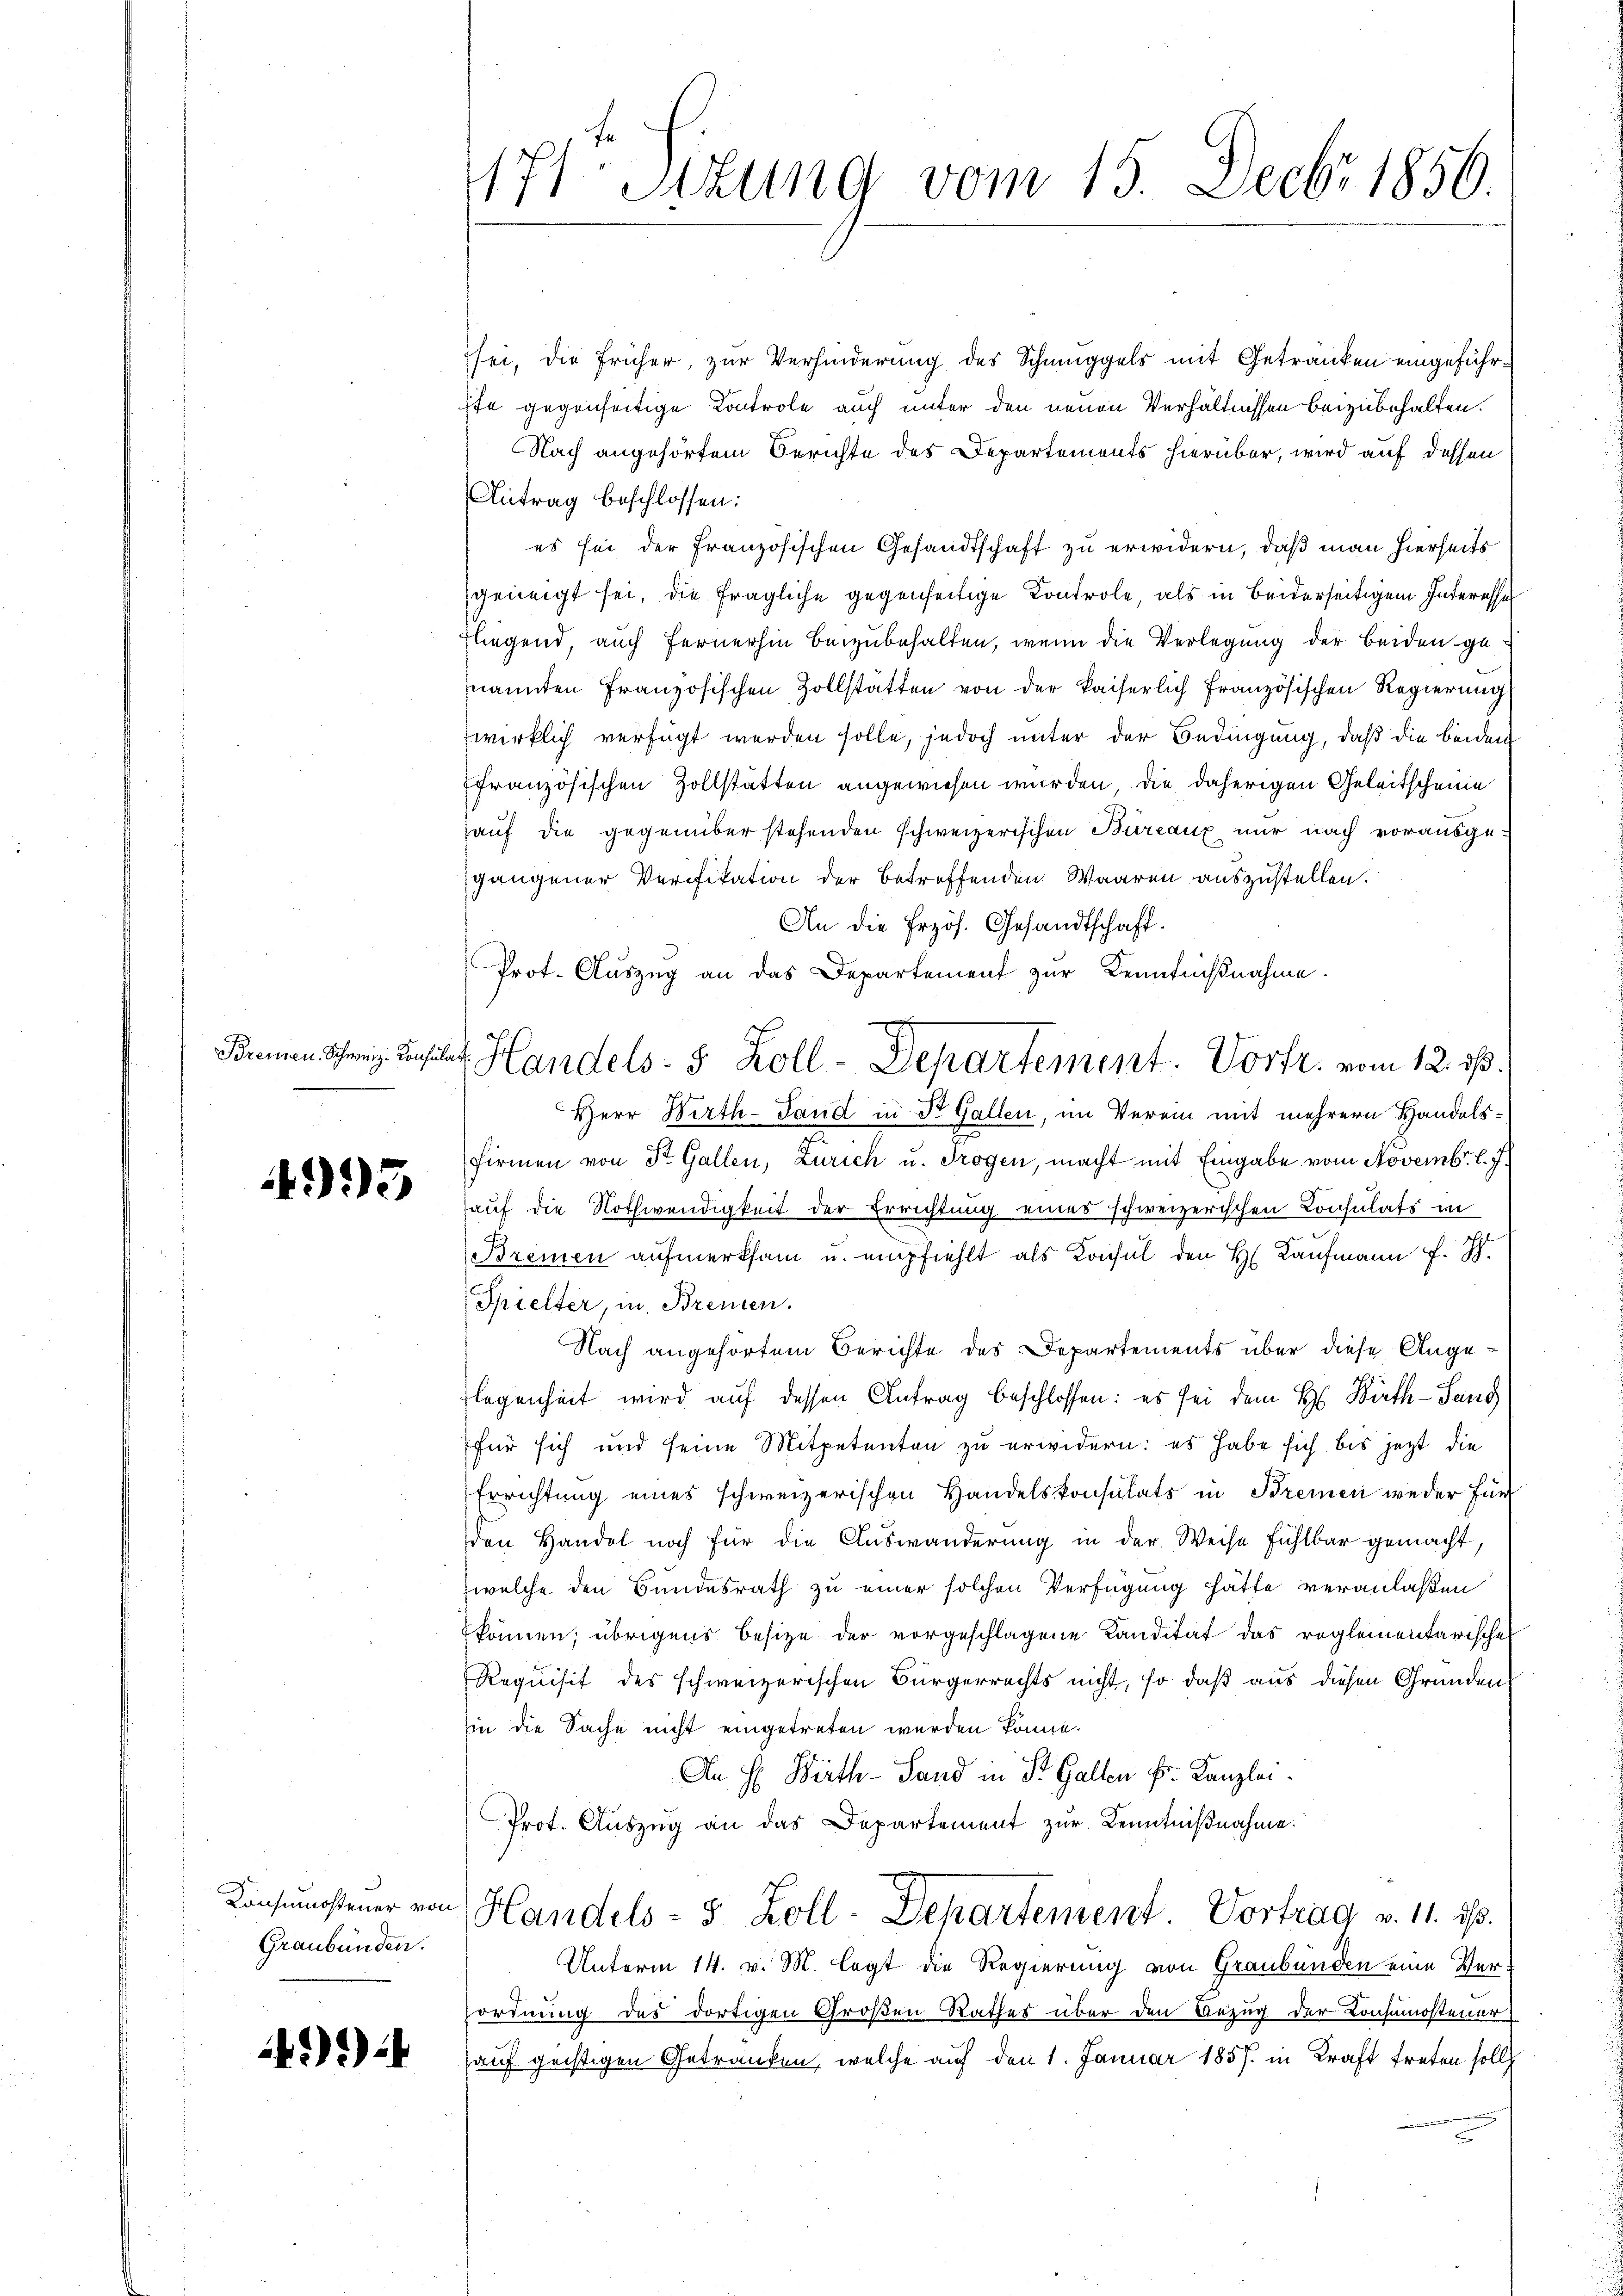
Bremen. Schweiz. Consulat

4995

Graubünden.

) 2)

171. Situng vom 15. Decbr 1856.

Handels- 5 Zoll-Departement. Vortr. vom 12. ds.

sei, die früher, zur Verhinderung des Schmuggels mit Getränken eingeführste gegenseitige Kontrole auch unter den neuen Verhältnissen beizubehalten.
Nach angehörtem Berichte des Departements hierüber, wird auf dessen
Antrag beschlossen:
es sei der Französischen Gesandtschaft zu erwidern, daß man hierseits
geneigt sei, die fragliche gegenseitige Kontrole, als in beiderseitigem Interesse
fliegend, auch fernerhin beizubehalten, wenn die Verlegung der beiden ge
nannten Französischen Zollstätten von der kaiserlich französischen Regierung
wirklich verfügt werden solle, jedoch unter der Bedingung, daß die beiden
ffranzösischen Zollstätten angewiesen wurden, die daherigen Geleitscheine
hauf die gegenüber stehenden schweizerischen Büreaux nur nach vorausge-
gangener Verifikation der betreffenden Waaren auszustellen.
An die Erzös. Gesandtschaft.
Prot. Auszug an das Departement zur Kenntnißnahme.
Herr Wirth-Tand in Dr. Gallen, im Verein mit mehrern Handels¬
Firmen von St. Gallen, Zürich u. Trogen, macht mit Eingabe vom Novembr. l. J.
auf die Nothwendigkeit der Errichtung eines schweizerischen Consulats in
Bremen aufmerksam u. empfiehlt als Konsul den H. Kaufmann P. J.
Spielter, in Brenten.
Nach angehörtem Berichte des Departements über diese Angelegenheit wird auf dessen Antrag beschlossen: es sei dem H. Barth - Sang
für sich und seine Mitpetenten zu erwidern: es habe sich bis jetzt die
Errichtung eines schweizerischen Handelskonsulats in Bremen weder für
den Handel noch für die Auswanderung in der Weise fühlbar gemacht,
welche den Bundesrath zu einer solchen Verfügung hätte veranlaßen
können; übrigens besitze der vorgeschlagene Landitat das reglementarische
Requisit des schweizerischen Bürgerrechts nicht, so daß aus diesen Gründen
hin die Sache nicht eingetreten werden könne.
An H: Wirth- Sand in St. Gallen Fr. Kanzlei.
Prot. Aŭszŭg an das Departement zur Kenntnißnahme.
Konsumsteuer von Handels- 5 Zoll-Departement. Vortrag v. 11. ds.
Unterm 14. v. M. legt die Regierung von Graubünden eine Ver-
ordnung des dortigen Großen Rathes über den Bezug der Consumostener
sauf geistigen Getränken, welche auf den 1. Januar 1857 in Kraft treten soll